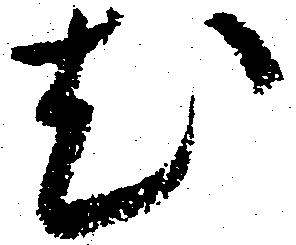
尤